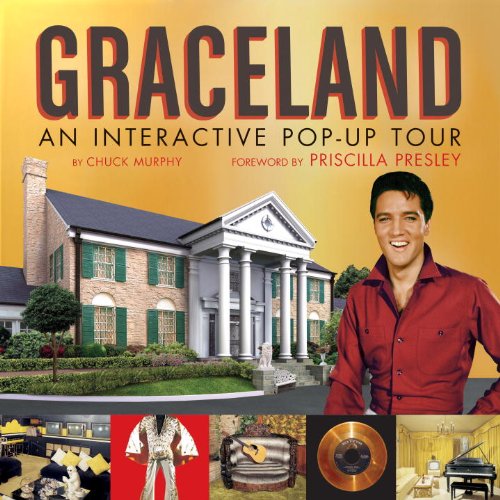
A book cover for Graceland : An Interactive Pop-Up Tour; Chuck Murphy; Travel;